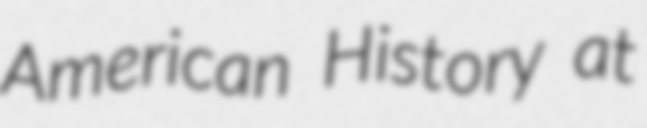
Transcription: American History at